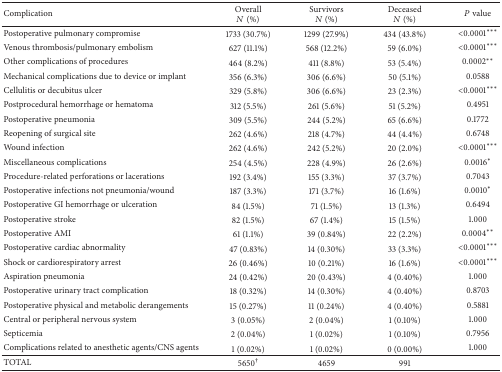
<table><thead><tr><td><b>Complication</b></td><td><b>Overall<i>N</i> (%)</b></td><td><b>Survivors<i>N</i> (%)</b></td><td><b>Deceased<i>N</i> (%)</b></td><td><b><i>P</i> value</b></td></tr></thead><tbody><tr><td>Postoperative pulmonary compromise</td><td>1733 (30.7%)</td><td>1299 (27.9%)</td><td>434 (43.8%)</td><td>&lt;0.0001***</td></tr><tr><td>Venous thrombosis/pulmonary embolism</td><td>627 (11.1%)</td><td>568 (12.2%)</td><td>59 (6.0%)</td><td>&lt;0.0001***</td></tr><tr><td>Other complications of procedures</td><td>464 (8.2%)</td><td>411 (8.8%)</td><td>53 (5.4%)</td><td>0.0002**</td></tr><tr><td>Mechanical complications due to device or implant</td><td>356 (6.3%)</td><td>306 (6.6%)</td><td>50 (5.1%)</td><td>0.0588</td></tr><tr><td>Cellulitis or decubitus ulcer</td><td>329 (5.8%)</td><td>306 (6.6%)</td><td>23 (2.3%)</td><td>&lt;0.0001***</td></tr><tr><td>Postprocedural hemorrhage or hematoma</td><td>312 (5.5%)</td><td>261 (5.6%)</td><td>51 (5.2%)</td><td>0.4951</td></tr><tr><td>Postoperative pneumonia</td><td>309 (5.5%)</td><td>244 (5.2%)</td><td>65 (6.6%)</td><td>0.1772</td></tr><tr><td>Reopening of surgical site</td><td>262 (4.6%)</td><td>218 (4.7%)</td><td>44 (4.4%)</td><td>0.6748</td></tr><tr><td>Wound infection</td><td>262 (4.6%)</td><td>242 (5.2%)</td><td>20 (2.0%)</td><td>&lt;0.0001***</td></tr><tr><td>Miscellaneous complications</td><td>254 (4.5%)</td><td>228 (4.9%)</td><td>26 (2.6%)</td><td>0.0016*</td></tr><tr><td>Procedure-related perforations or lacerations</td><td>192 (3.4%)</td><td>155 (3.3%)</td><td>37 (3.7%)</td><td>0.7043</td></tr><tr><td>Postoperative infections not pneumonia/wound</td><td>187 (3.3%)</td><td>171 (3.7%)</td><td>16 (1.6%)</td><td>0.0010*</td></tr><tr><td>Postoperative GI hemorrhage or ulceration</td><td>84 (1.5%)</td><td>71 (1.5%)</td><td>13 (1.3%)</td><td>0.6494</td></tr><tr><td>Postoperative stroke</td><td>82 (1.5%)</td><td>67 (1.4%)</td><td>15 (1.5%)</td><td>1.000</td></tr><tr><td>Postoperative AMI</td><td>61 (1.1%)</td><td>39 (0.84%)</td><td>22 (2.2%)</td><td>0.0004**</td></tr><tr><td>Postoperative cardiac abnormality</td><td>47 (0.83%)</td><td>14 (0.30%)</td><td>33 (3.3%)</td><td>&lt;0.0001***</td></tr><tr><td>Shock or cardiorespiratory arrest</td><td>26 (0.46%)</td><td>10 (0.21%)</td><td>16 (1.6%)</td><td>&lt;0.0001***</td></tr><tr><td>Aspiration pneumonia</td><td>24 (0.42%)</td><td>20 (0.43%)</td><td>4 (0.40%)</td><td>1.000</td></tr><tr><td>Postoperative urinary tract complication</td><td>18 (0.32%)</td><td>14 (0.30%)</td><td>4 (0.40%)</td><td>0.8703</td></tr><tr><td>Postoperative physical and metabolic derangements</td><td>15 (0.27%)</td><td>11 (0.24%)</td><td>4 (0.40%)</td><td>0.5881</td></tr><tr><td>Central or peripheral nervous system</td><td>3 (0.05%)</td><td>2 (0.04%)</td><td>1 (0.10%)</td><td>1.000</td></tr><tr><td>Septicemia</td><td>2 (0.04%)</td><td>1 (0.02%)</td><td>1 (0.10%)</td><td>0.7956</td></tr><tr><td>Complications related to anesthetic agents/CNS agents</td><td>1 (0.02%)</td><td>1 (0.02%)</td><td>0 (0.00%)</td><td>1.000</td></tr><tr><td>TOTAL</td><td>5650<sup>†</sup></td><td>4659</td><td>991</td><td> </td></tr></tbody></table>